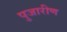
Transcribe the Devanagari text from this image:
पुजारीण